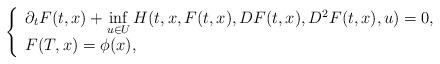
LaTeX: \begin{align*}\left\{\begin{array}[c]{l}\partial_{t}F(t,x)+\inf\limits_{u\in U}H(t,x,F(t,x),DF(t,x),D^{2}F(t,x),u)=0,\\F(T,x)=\phi(x),\end{array}\right. \end{align*}